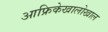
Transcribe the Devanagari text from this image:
आफ्रिकेखालोखाल